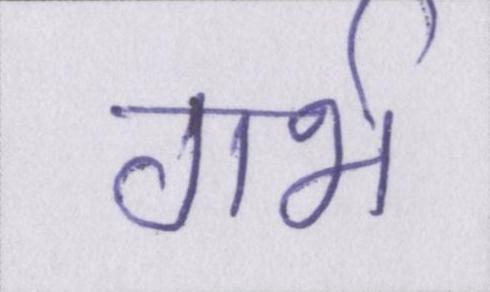
गर्भ